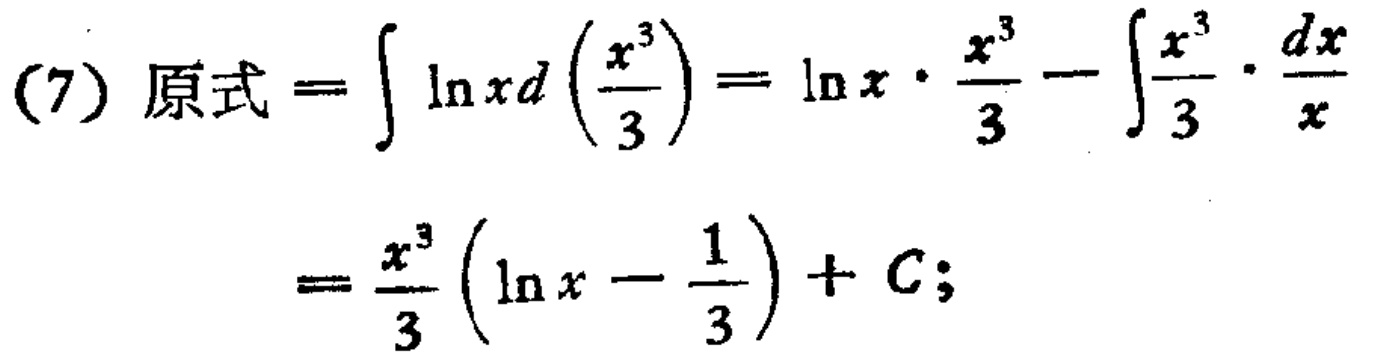
(7) 原式 \(=\int \ln x d\left(\frac{x^{3}}{3}\right)=\ln x \cdot \frac{x^{3}}{3}-\int \frac{x^{3}}{3} \cdot \frac{dx}{x}=\frac{x^{3}}{3}\left(\ln x-\frac{1}{3}\right)+C;\)